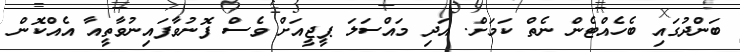
ބަންދުގައި ބެހެއްޓެން ނެތް ކަމަށް. އަދި މައްސަލަ ޕީޖީއަށް ވެސް ފޮނުވާފައިނުވާތީއާ އެއްކޮން